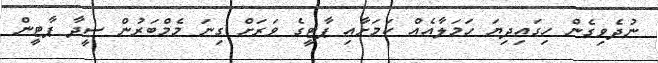
ނުދެވިގެން ހިގައިދިޔަ ހަމަލާއެއް ކަމަށާއި ޕާޓީގެ ވަރަށް ގިނަ މެމްބަރުން ސީދާ ޕާޓީން